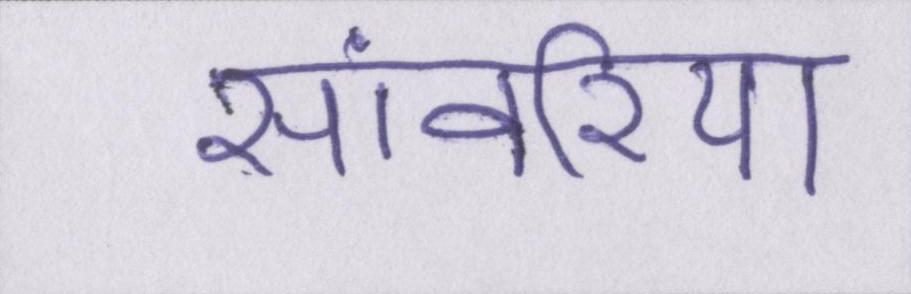
सांवरिया